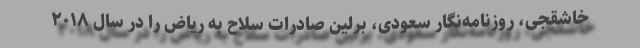
خاشقجی، روزنامه‌نگار سعودی، برلین صادرات سلاح به ریاض را در سال ۲۰۱۸